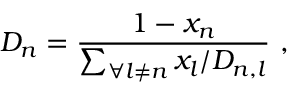
D _ { n } = \frac { 1 - x _ { n } } { \sum _ { \forall l \neq n } x _ { l } / D _ { n , l } } \ ,